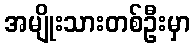
အမျိုးသားတစ်ဦးမှာ